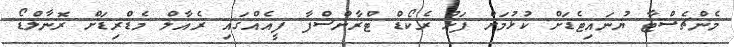
މެންޗެސްޓާ ޔުނައިޓެޑަށް ކުޅުމަށް ފަހު ރެކޯޑް ޓްރާންސްފާ ފީއެއްގައި ރެއާލް މެޑްރިޑަށް ރޮނާލްޑޯ